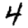
Digit: 4